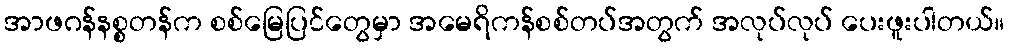
အာဖဂန်နစ္စတန်က စစ်မြေပြင်တွေမှာ အမေရိကန်စစ်တပ်အတွက် အလုပ်လုပ် ပေးဖူးပါတယ်။